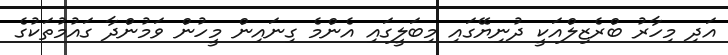
އަދި މިހާރު ބްރެޒިލްއަކީ ދުނިޔޭގައި މިބަލީގައި އެންމެ ގިނައިން މީހުން ވަމުންދާ ގައުމުތަކުގެ